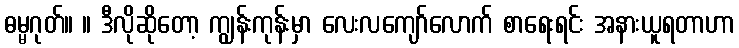
ဓမ္မဂုတ်။ ။ ဒီလိုဆိုတော့ ကျွန်းကုန်းမှာ လေးလကျော်လောက် စာရေးရင်း အနားယူရတာဟာ